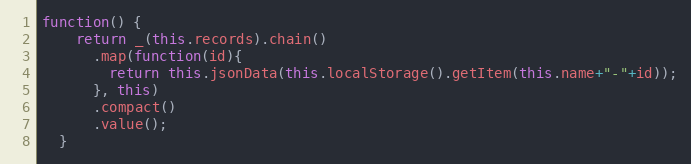
Language: JavaScript
function() {
    return _(this.records).chain()
      .map(function(id){
        return this.jsonData(this.localStorage().getItem(this.name+"-"+id));
      }, this)
      .compact()
      .value();
  }